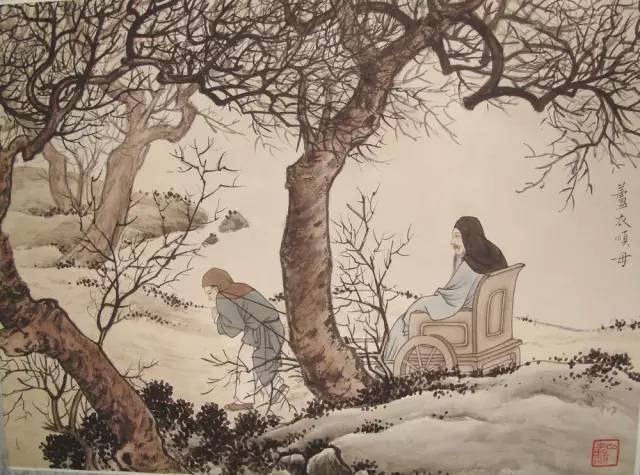
老母与子别，呼天野草间。